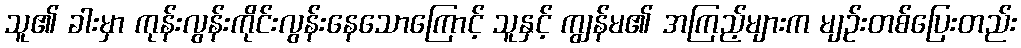
သူ၏ ခါးမှာ ကုန်းလွန်းကိုင်းလွန်းနေသောကြောင့် သူနှင့် ကျွန်မ၏ အကြည့်များက မျဉ်းတစ်ပြေးတည်း